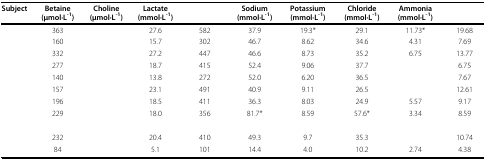
<table><thead><tr><td><b>Subject</b></td><td><b>Betaine (μmol·L<sup>-1</sup>)</b></td><td><b>Choline (μmol·L<sup>-1</sup>)</b></td><td><b>Lactate (mmol·L<sup>-1</sup>)</b></td><td>[EMPTY_CELL]</td><td><b>Sodium (mmol·L<sup>-1</sup>)</b></td><td><b>Potassium (mmol·L<sup>-1</sup>)</b></td><td><b>Chloride (mmol·L<sup>-1</sup>)</b></td><td><b>Ammonia (mmol·L<sup>-1</sup>)</b></td><td>[EMPTY_CELL]</td></tr></thead><tbody><tr><td>[EMPTY_CELL]</td><td>363</td><td>[EMPTY_CELL]</td><td>27.6</td><td>582</td><td>37.9</td><td>19.3*</td><td>29.1</td><td>11.73*</td><td>19.68</td></tr><tr><td>[EMPTY_CELL]</td><td>160</td><td>[EMPTY_CELL]</td><td>15.7</td><td>302</td><td>46.7</td><td>8.62</td><td>34.6</td><td>4.31</td><td>7.69</td></tr><tr><td>[EMPTY_CELL]</td><td>332</td><td>[EMPTY_CELL]</td><td>27.2</td><td>447</td><td>46.6</td><td>8.73</td><td>35.2</td><td>6.75</td><td>13.77</td></tr><tr><td>[EMPTY_CELL]</td><td>277</td><td>[EMPTY_CELL]</td><td>18.7</td><td>415</td><td>52.4</td><td>9.06</td><td>37.7</td><td>[EMPTY_CELL]</td><td>6.75</td></tr><tr><td>[EMPTY_CELL]</td><td>140</td><td>[EMPTY_CELL]</td><td>13.8</td><td>272</td><td>52.0</td><td>6.20</td><td>36.5</td><td>[EMPTY_CELL]</td><td>7.67</td></tr><tr><td>[EMPTY_CELL]</td><td>157</td><td>[EMPTY_CELL]</td><td>23.1</td><td>491</td><td>40.9</td><td>9.11</td><td>26.5</td><td>[EMPTY_CELL]</td><td>12.61</td></tr><tr><td>[EMPTY_CELL]</td><td>196</td><td>[EMPTY_CELL]</td><td>18.5</td><td>411</td><td>36.3</td><td>8.03</td><td>24.9</td><td>5.57</td><td>9.17</td></tr><tr><td>[EMPTY_CELL]</td><td>229</td><td>[EMPTY_CELL]</td><td>18.0</td><td>356</td><td>81.7*</td><td>8.59</td><td>57.6*</td><td>3.34</td><td>8.59</td></tr><tr><td>[EMPTY_CELL]</td><td>232</td><td>[EMPTY_CELL]</td><td>20.4</td><td>410</td><td>49.3</td><td>9.7</td><td>35.3</td><td>[EMPTY_CELL]</td><td>10.74</td></tr><tr><td>[EMPTY_CELL]</td><td>84</td><td>[EMPTY_CELL]</td><td>5.1</td><td>101</td><td>14.4</td><td>4.0</td><td>10.2</td><td>2.74</td><td>4.38</td></tr></tbody></table>